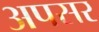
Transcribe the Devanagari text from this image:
अपसर